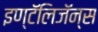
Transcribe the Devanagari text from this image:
इण्टॅलिजॅन्स